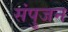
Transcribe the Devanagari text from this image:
संपुजन